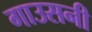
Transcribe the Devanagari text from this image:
गाउसनी